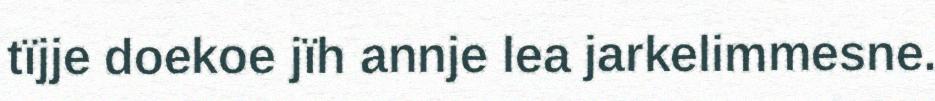
tïjje doekoe jïh annje lea jarkelimmesne.